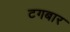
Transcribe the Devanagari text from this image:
टगबार